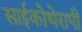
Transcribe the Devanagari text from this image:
साईकोथेरापी